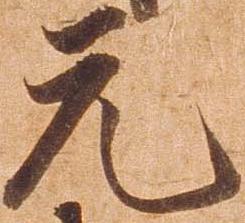
元